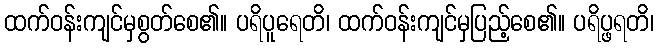
ထက်ဝန်းကျင်မှစွတ်စေ၏။ ပရိပူရေတိ၊ ထက်ဝန်းကျင်မှပြည့်စေ၏။ ပရိပ္ဖရတိ၊